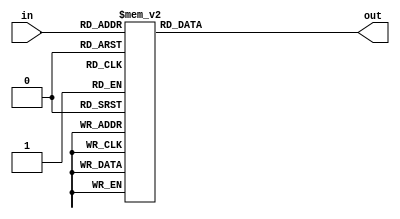
module top_module( 
    input [2:0] in,
    output [1:0] out );
    always @(*)
        begin
            case(in)
                3'b000 : out = 2'b00;
                3'b001 : out = 2'b01;
                3'b010 : out = 2'b01;
                3'b011 : out = 2'b10;
                3'b100 : out = 2'b01;
                3'b101 : out = 2'b10;
                3'b110 : out = 2'b10;
                3'b111 : out = 2'b11;
            endcase
        end
endmodule
module top_module( 
    input [2:0] in,
    output [1:0] out );
    integer i;
    
    always @(*)
        begin
            out = 0; //important sentece
            for(i = 0; i < 3; i++)
                out += in[i];
        end

endmodule